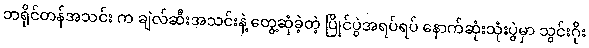
ဘရိုင်တန်အသင်း က ချဲလ်ဆီးအသင်းနဲ့ တွေ့ဆုံခဲ့တဲ့ ပြိုင်ပွဲအရပ်ရပ် နောက်ဆုံးသုံးပွဲမှာ သွင်းဂိုး